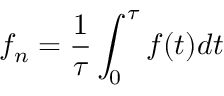
f _ { n } = \frac { 1 } { \tau } \int _ { 0 } ^ { \tau } f ( t ) d t